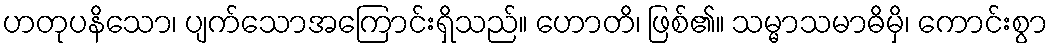
ဟတုပနိသော၊ ပျက်သောအကြောင်းရှိသည်။ ဟောတိ၊ ဖြစ်၏။ သမ္မာသမာဓိမှိ၊ ကောင်းစွာ